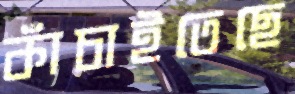
কাঁচাইতেছে